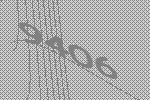
9406